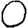
Digit: 0